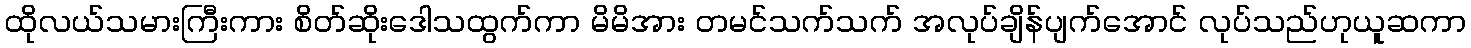
ထိုလယ်သမားကြီးကား စိတ်ဆိုးဒေါသထွက်ကာ မိမိအား တမင်သက်သက် အလုပ်ချိန်ပျက်အောင် လုပ်သည်ဟုယူဆကာ